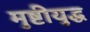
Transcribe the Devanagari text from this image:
मुष्टीयुद्ध